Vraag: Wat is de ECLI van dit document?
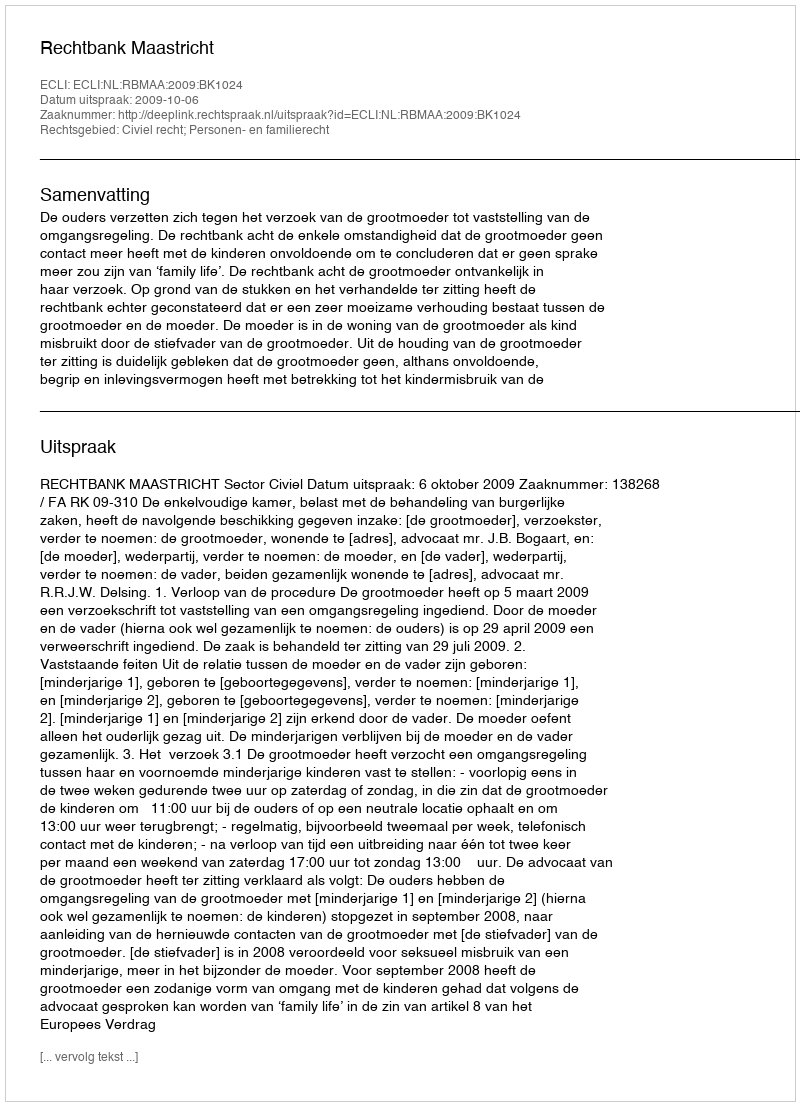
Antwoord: ECLI:NL:RBMAA:2009:BK1024